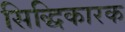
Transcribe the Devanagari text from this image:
सिद्धिकारक